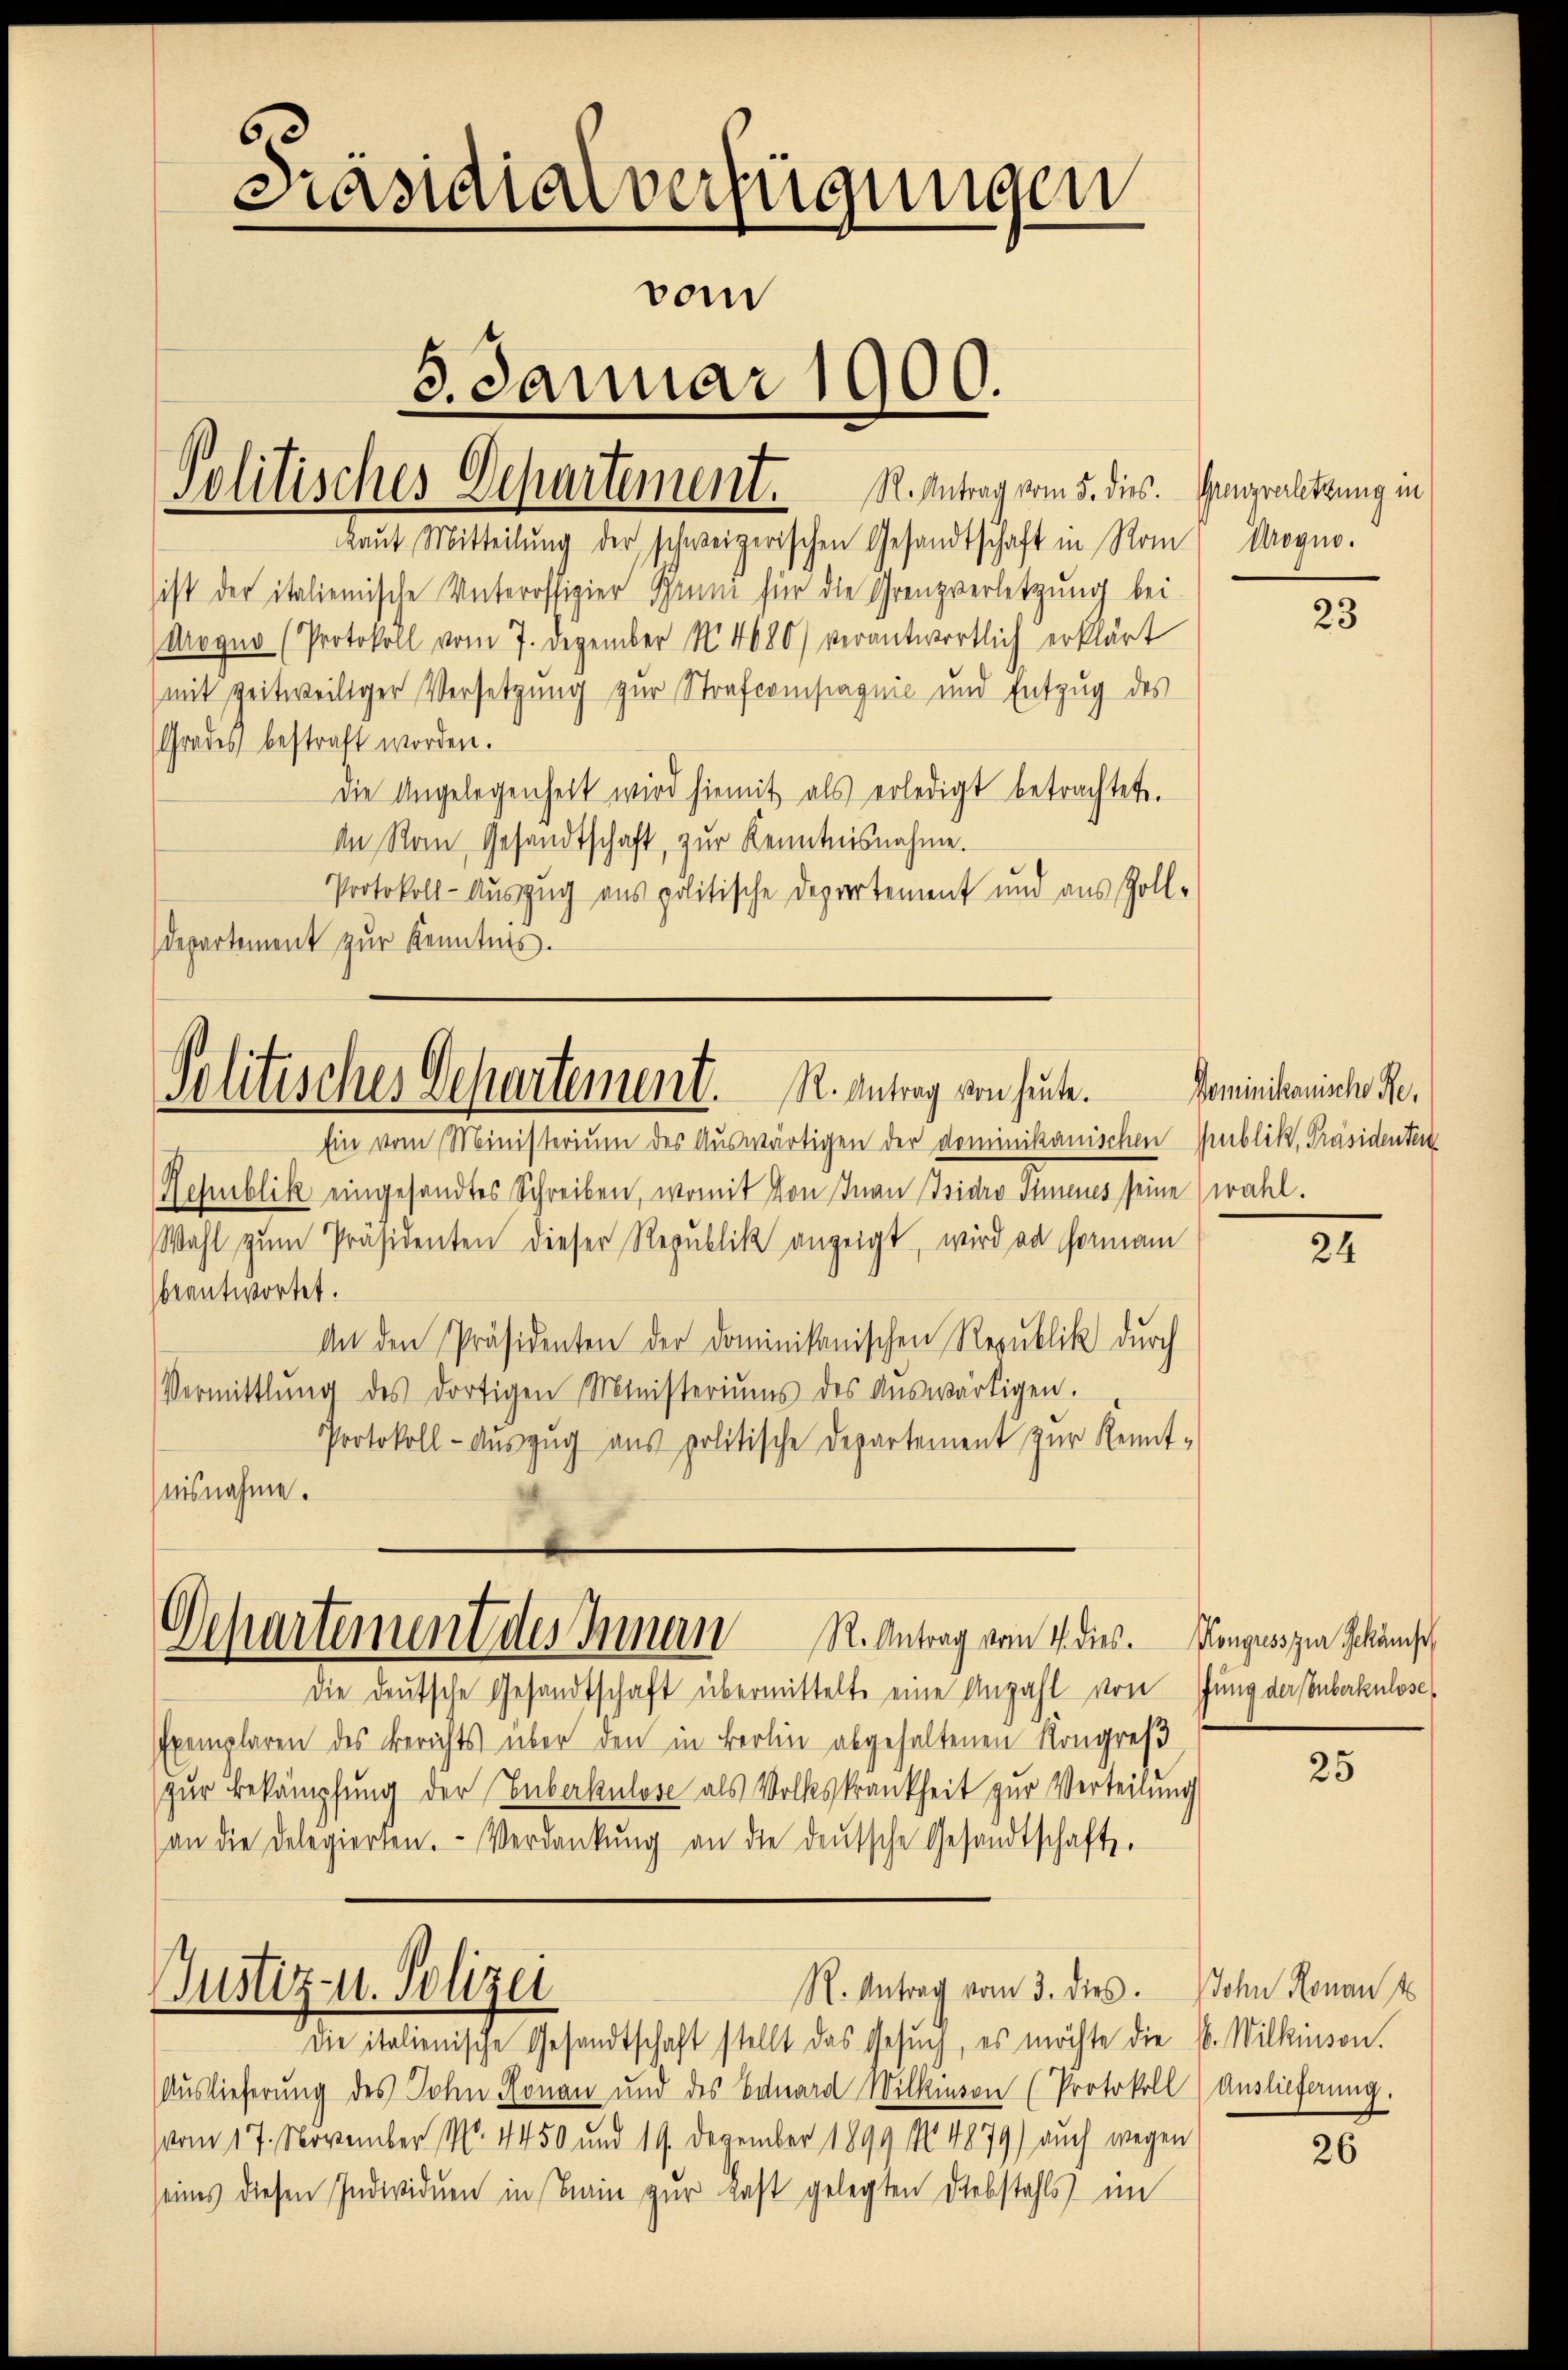
kaŭf Mitteilŭng der schweizerischen Gesandtschaft in Rom Progno.

Präsidialverfügungen
vom
3. Januar 1900.
R. Antrag vom 5. dies.
Politisches Departement.

sist der italienische Unteroffizier Gruni für die Grenzverletzung bei
Aogno (Protokoll vom 7. Dezember N. 4680) verantwortlich erklärt
(mit zeitweiliger Versetzung zur Strafcompagnie und Entzug des
Grades bestraft worden.
die Angelegenheit wird hiemit als erledigt betrachtet.
An Rom Gesandtschaft, zur Kenntnisnahme.
Protokoll-Auszug aus politische Deprertement und aus Zoll¬
Departement zur Kenntnis.

Jolitisches Departement. R. Antrag von heute.

Departement des Innern R. Antrag vom 1. dies. Konguss zur Schönst

die deutsche Gesandtschaft übermittelte eine Anzahl von Jung der uberkulose
Exemplaren des Berichts über den in Berlin abgehaltenen Kongreß
zŭr Bekämpfung der Euberkulose als Volkskrankheit zur Verteilung
(an die Delegierten. Verdankŭng an die deŭtsche Gesandtschafts-
R. Antrag vom 3. dies. Sohn Ronant
Justiz- u. Polizei
die italienische Gesandtschaft stellt das Gesŭch, es möchte die E. Wilkinson.
Auslieferung des John Ronau und des Eduard Wilkinson (Protokoll) Auslieferung.
vom 17. November 190. 4450 und 19. Dezember 1899 No 4879) auch wegen
seines diesen Individuen in ain zur Last gelegten Diebstahls im

Ein vom Ministerium des Auswärtigen der dominikanischen Publik, Präsidenten
Republik eingesandtes Schreiben, womit von Inan Isidro Innenes seine wahl.
Wahl zŭm Präsidenten dieser Republik anzeigt, wird an Hornam
beantwortet.
An den Präsidenten der Dominikanischen Republik durch
Vermittlung des dortigen Ministeriums des aŭswärtigen.
Protokoll- Aŭszŭg aŭs politische Departement zŭr Kennt-
aisnahme.

Grenzverletzung in

23

Dominikanische Re¬

24

25

26